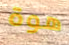
هوة